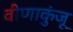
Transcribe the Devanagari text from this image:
वीणाकुंजू